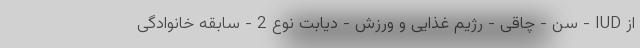
از IUD - سن - چاقی - رژیم غذایی و ورزش - دیابت نوع 2 - سابقه خانوادگی